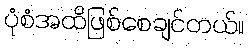
ပုံစံအထိဖြစ်စေချင်တယ်။